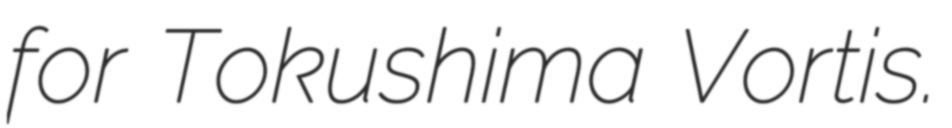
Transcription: for Tokushima Vortis.